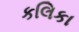
કલિકા